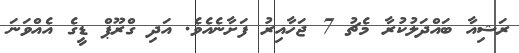
ރަޝިއާ ބައްދަލުކުރާ މެޗު 7 ޖަހާއިރު ފަށާނެއެވެ. އަދި ގްރޫޕް ޑީގެ އެއްވަނަ